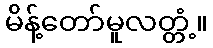
မိန့်တော်မူလတ္တံ့။